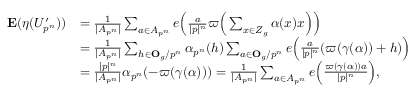
\begin{array} { r l } { \mathbf { E } ( \eta ( U _ { p ^ { n } } ^ { \prime } ) ) } & { = \frac { 1 } { | A _ { p ^ { n } } | } \sum _ { a \in A _ { p ^ { n } } } e \Bigl ( \frac { a } { | p | ^ { n } } \varpi \Bigr ( \sum _ { x \in Z _ { g } } \alpha ( x ) x \Bigr ) \Bigr ) } \\ & { = \frac { 1 } { | A _ { p ^ { n } } | } \sum _ { h \in \mathbf { O } _ { g } / p ^ { n } } \alpha _ { p ^ { n } } ( h ) \sum _ { a \in \mathbf { O } _ { g } / p ^ { n } } e \Bigl ( \frac { a } { | p | ^ { n } } ( \varpi ( \gamma ( \alpha ) ) + h ) \Bigr ) } \\ & { = \frac { | p | ^ { n } } { | A _ { p ^ { n } } | } \alpha _ { p ^ { n } } ( - \varpi ( \gamma ( \alpha ) ) ) = \frac { 1 } { | A _ { p ^ { n } } | } \sum _ { a \in A _ { p ^ { n } } } e \Bigl ( \frac { \varpi ( \gamma ( \alpha ) ) a } { | p | ^ { n } } \Bigr ) , } \end{array}